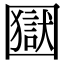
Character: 𡈭